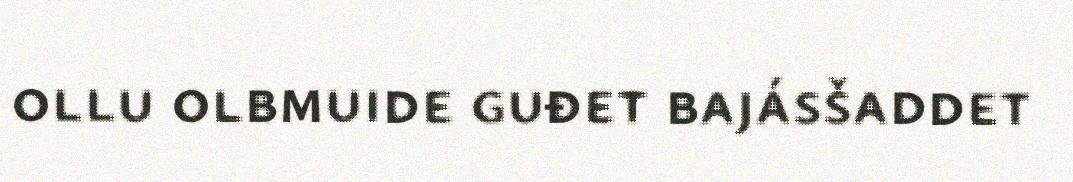
ollu olbmuide guđet bajásšaddet